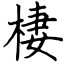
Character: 棲